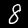
Label: 8